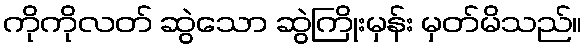
ကိုကိုလတ် ဆွဲသော ဆွဲကြိုးမှန်း မှတ်မိသည်။